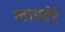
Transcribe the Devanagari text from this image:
लाएटेरे